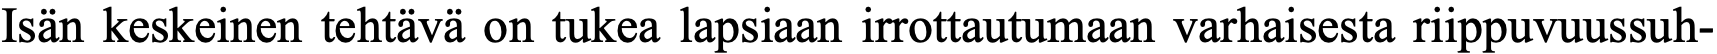
Isän keskeinen tehtävä on tukea lapsiaan irrottautumaan varhaisesta riippuvuussuh-